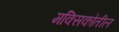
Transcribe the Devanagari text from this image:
मक्सिकोतील